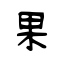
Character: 果